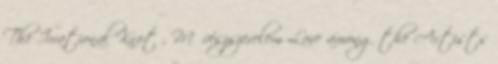
The Irrational Knot , Művészszerelem Love among the Artists